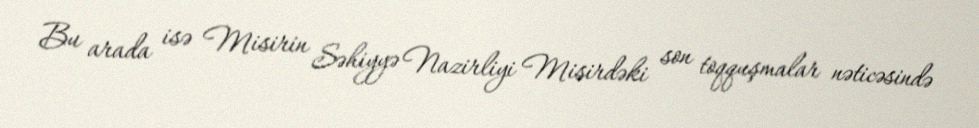
Bu arada isə Misirin Səhiyyə Nazirliyi Misirdəki son toqquşmalar nəticəsində